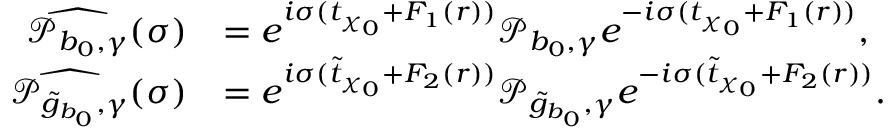
\begin{array} { r l } { \widehat { \mathcal { P } _ { b _ { 0 } , \gamma } } ( \sigma ) } & { = e ^ { i \sigma ( t _ { \chi _ { 0 } } + F _ { 1 } ( r ) ) } \mathcal { P } _ { b _ { 0 } , \gamma } e ^ { - i \sigma ( t _ { \chi _ { 0 } } + F _ { 1 } ( r ) ) } , } \\ { \widehat { \mathcal { P } _ { \tilde { g } _ { b _ { 0 } } , \gamma } } ( \sigma ) } & { = e ^ { i \sigma ( \tilde { t } _ { \chi _ { 0 } } + F _ { 2 } ( r ) ) } \mathcal { P } _ { \tilde { g } _ { b _ { 0 } } , \gamma } e ^ { - i \sigma ( \tilde { t } _ { \chi _ { 0 } } + F _ { 2 } ( r ) ) } . } \end{array}